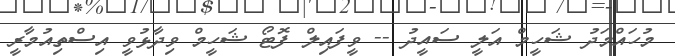
މުހައްމަދު ޝަހީމް އަލީ ސައީދު -- ވީފައިލް ފޮޓޯ ޝަހީމް ވިދާޅުވީ އިސްތިއުމާރީ